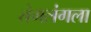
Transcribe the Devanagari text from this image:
तंगलंगला